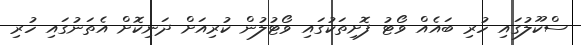
ސްކޫލުގައި ހުރި ބައެއް ވޯޓު ފޮށިތަކުގައި ވޯޓުލުން ކުރިއަށް ދަނިކޮށް އެތަނުގައި ހުރި